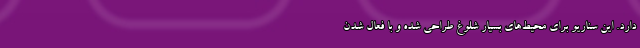
دارد. این سناریو برای محیط‌های بسیار شلوغ طراحی شده و با فعال شدن